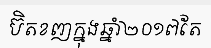
ប៊ិតខញក្នុងឆ្នាំ២០១៧តែ